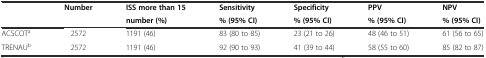
| <ROWSPAN=2>  | <ROWSPAN=2> Number | ISS more than 15 | Sensitivity | Specificity | PPV | NPV |
 | number (%) | % (95% CI) | % (95% CI) | % (95% CI) | % (95% CI) |
 | --- | --- | --- | --- | --- | --- | --- |
 | ACSCOTa | 2572 | 1191 (46) | 83 (80 to 85) | 23 (21 to 26) | 48 (46 to 51) | 61 (56 to 65) |
 | TRENAUb | 2572 | 1191 (46) | 92 (90 to 93) | 41 (39 to 44) | 58 (55 to 60) | 85 (82 to 87) |